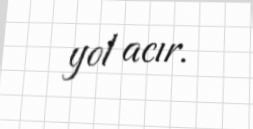
yol acır.